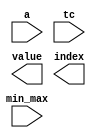
////////////////////////////////////////////////////////////////////////////////
//
//       This confidential and proprietary software may be used only
//     as authorized by a licensing agreement from Synopsys Inc.
//     In the event of publication, the following notice is applicable:
//
//                    (C) COPYRIGHT 1999 - 2016 SYNOPSYS INC.
//                           ALL RIGHTS RESERVED
//
//       The entire notice above must be reproduced on all authorized
//     copies.
//
//
// VERSION:   Simulation Architecture
//
// DesignWare_version: 450eff5e
// DesignWare_release: K-2015.06-DWBB_201506.5.2
//
////////////////////////////////////////////////////////////////////////////////
//---------------------------------------------------------------------------
//
// ABSTRACT: Minimum/maximum value detector/selector
//           - This component determines and selects the minimum or maximum
//             value out of NUM_INPUTS inputs.  The inputs must be merged into
//             one single input vector A.
//           - TC determines whether the inputs are unsigned ('0') of signed
//             ('1').
//           - Min_Max determines whether the minimum ('0') or the maximum
//             ('1') is determined.
//           - Value outputs the minimum/maximum value.
//           - Index tells which input it the minimum/maximum.
//
//  MODIFIED: 
//           RPH        07/17/2002 
//                      Added parameter checking
//---------------------------------------------------------------------------

module DW_minmax (a ,tc ,min_max ,value ,index);

  parameter width = 8;
  parameter num_inputs = 2;

`define DW_n (num_inputs)
`define DW_ind_width ((`DW_n>4096)? ((`DW_n>262144)? ((`DW_n>2097152)? ((`DW_n>8388608)? 24 : ((`DW_n> 4194304)? 23 : 22)) : ((`DW_n>1048576)? 21 : ((`DW_n>524288)? 20 : 19))) : ((`DW_n>32768)? ((`DW_n>131072)?  18 : ((`DW_n>65536)? 17 : 16)) : ((`DW_n>16384)? 15 : ((`DW_n>8192)? 14 : 13)))) : ((`DW_n>64)? ((`DW_n>512)?  ((`DW_n>2048)? 12 : ((`DW_n>1024)? 11 : 10)) : ((`DW_n>256)? 9 : ((`DW_n>128)? 8 : 7))) : ((`DW_n>8)? ((`DW_n> 32)? 6 : ((`DW_n>16)? 5 : 4)) : ((`DW_n>4)? 3 : ((`DW_n>2)? 2 : 1)))))
   
  input [num_inputs*width-1 : 0] a;
  input tc;
  input min_max;
  output [width-1 : 0] value;
  output [`DW_ind_width-1 : 0] index;
   
 // synopsys translate_off

  wire [num_inputs*width-1 : 0] a;
  wire tc;
  wire min_max;
  reg [width-1 : 0] value;
  reg [`DW_ind_width-1 : 0] index;


  task min_unsigned;
    input [num_inputs*width-1 : 0] a;
    output [width-1 : 0] value;
    output [`DW_ind_width-1 : 0] index;
    reg [width-1 : 0] a_v;
    reg [width-1 : 0] value_v;
    reg [`DW_ind_width-1 : 0] index_v;
    integer k;
    reg a_x;
    begin
      a_x = ^a;
      if (a_x === 1'bx) begin
	value = {width{1'bx}};
	index = {`DW_ind_width{1'bx}};
      end
      else begin
	value_v = {width{1'b1}};
	index_v = {`DW_ind_width{1'b0}};
	for (k = 0; k < num_inputs; k = k+1) begin 
	  a_v = a[width-1 : 0];
	  a = a >> width;
	  if (a_v < value_v) begin 
	    value_v = a_v;
	    index_v = k;
	  end 
	end
	value = value_v;
	index = index_v;
      end
    end
  endtask

  task min_signed;
    input [num_inputs*width-1 : 0] a;
    output [width-1 : 0] value;
    output [`DW_ind_width-1 : 0] index;
    reg [width-1 : 0] a_v;
    reg [width-1 : 0] value_v;
    reg [`DW_ind_width-1 : 0] index_v;
    integer k;
    reg a_x;
    begin
      a_x = ^a;
      if (a_x === 1'bx) begin
	value = {width{1'bx}};
	index = {`DW_ind_width{1'bx}};
      end
      else begin
	value_v = {width{1'b1}};
	index_v = {`DW_ind_width{1'b0}};
	for (k = 0; k < num_inputs; k = k+1) begin 
	  a_v = a[width-1 : 0];
	  a_v[width-1] = ! a[width-1];
	  a = a >> width;
	  if (a_v < value_v) begin 
	    value_v = a_v;
	    index_v = k;
	  end 
	end
	value_v[width-1] = ! value_v[width-1];
	value = value_v;
	index = index_v;
      end
    end
  endtask

  task max_unsigned;
    input [num_inputs*width-1 : 0] a;
    output [width-1 : 0] value;
    output [`DW_ind_width-1 : 0] index;
    reg [width-1 : 0] a_v;
    reg [width-1 : 0] value_v;
    reg [`DW_ind_width-1 : 0] index_v;
    integer k;
    reg a_x;
    begin
      a_x = ^a;
      if (a_x === 1'bx) begin
	value = {width{1'bx}};
	index = {`DW_ind_width{1'bx}};
      end
      else begin
	value_v = {width{1'b0}};
	index_v = {`DW_ind_width{1'b0}};
	for (k = 0; k < num_inputs; k = k+1) begin 
	  a_v = a[width-1 : 0];
	  a = a >> width;
	  if (a_v >= value_v) begin 
	    value_v = a_v;
	    index_v = k;
	  end 
	end
	value = value_v;
	index = index_v;
      end
    end
  endtask

  task max_signed;
    input [num_inputs*width-1 : 0] a;
    output [width-1 : 0] value;
    output [`DW_ind_width-1 : 0] index;
    reg [width-1 : 0] a_v;
    reg [width-1 : 0] value_v;
    reg [`DW_ind_width-1 : 0] index_v;
    integer k;
    reg a_x;
    begin
      a_x = ^a;
      if (a_x === 1'bx) begin
	value = {width{1'bx}};
	index = {`DW_ind_width{1'bx}};
      end
      else begin
	value_v = {width{1'b0}};
	index_v = {`DW_ind_width{1'b0}};
	for (k = 0; k < num_inputs; k = k+1) begin 
	  a_v = a[width-1 : 0];
	  a_v[width-1] = ! a[width-1];
	  a = a >> width;
	  if (a_v >= value_v) begin 
	    value_v = a_v;
	    index_v = k;
	  end 
	end
	value_v[width-1] = ! value_v[width-1];
	value = value_v;
	index = index_v;
      end
    end
  endtask

 
  //---------------------------------------------------------------------------
  // Parameter legality check
  //---------------------------------------------------------------------------

  
 
  initial begin : parameter_check
    integer param_err_flg;

    param_err_flg = 0;
    
    
    if (width < 1) begin
      param_err_flg = 1;
      $display(
	"ERROR: %m :\n  Invalid value (%d) for parameter width (lower bound: 1)",
	width );
    end
    
    if (num_inputs < 2) begin
      param_err_flg = 1;
      $display(
	"ERROR: %m :\n  Invalid value (%d) for parameter num_inputs (lower bound: 2)",
	num_inputs );
    end
  
    if ( param_err_flg == 1) begin
      $display(
        "%m :\n  Simulation aborted due to invalid parameter value(s)");
      $finish;
    end

  end // parameter_check 
  
  
  always @(a or tc or min_max)
    begin
      value = {width{1'bx}};
      index = {`DW_ind_width{1'bx}};
      if (tc == 1'b0) begin 
	if (min_max == 1'b0) begin 
	  min_unsigned (a, value, index);
	end
	else if (min_max == 1'b1) begin 
	  max_unsigned (a, value, index);
	end
      end 
      else if (tc == 1'b1) begin
	if (min_max == 1'b0) begin 
	  min_signed (a, value, index);
	end
	else if (min_max == 1'b1) begin
	  max_signed (a, value, index);
	end
      end
    end 
  // synopsys translate_on
`undef DW_n
`undef DW_ind_width

endmodule